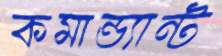
কমান্ড্যান্ট